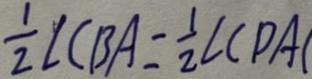
\frac { 1 } { 2 } \angle B A - \frac { 1 } { 2 } \angle C D A